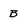
Character: B